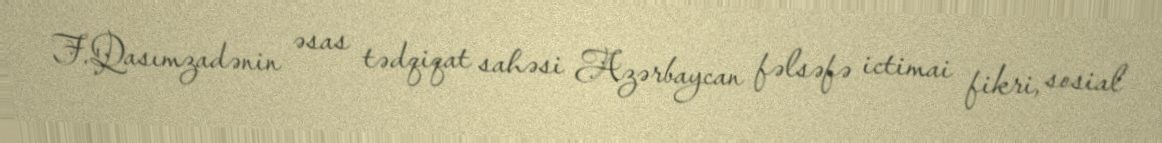
F.Qasımzadənin əsas tədqiqat sahəsi Azərbaycan fəlsəfə ictimai fikri, sosial